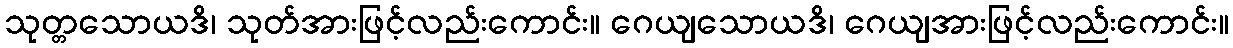
သုတ္တသောယဒိ၊ သုတ်အားဖြင့်လည်းကောင်း။ ဂေယျသောယဒိ၊ ဂေယျအားဖြင့်လည်းကောင်း။